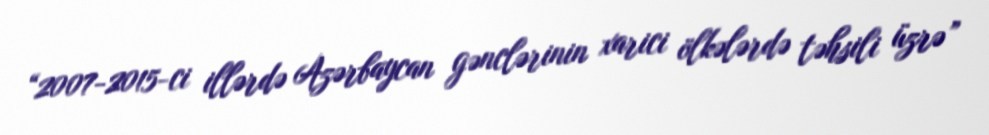
“2007-2015-ci illərdə Azərbaycan gənclərinin xarici ölkələrdə təhsili üzrə”